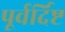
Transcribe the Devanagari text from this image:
पूर्वर्दिष्ट